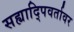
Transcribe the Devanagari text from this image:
सह्यादि्पवर्तावर